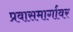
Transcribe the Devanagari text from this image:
प्रवासमार्गावर